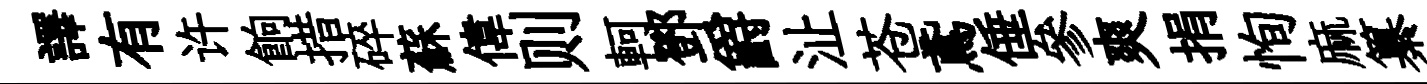
譯有许餉措碎蘇偉则軻鄧爵沚苍鳶倕參爽捐恂麻纂